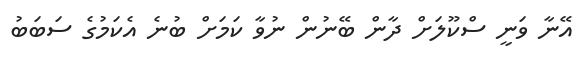
އޭނާ ވަނީ ސްކޫލަށް ދާން ބޭނުން ނުވާ ކަމަށް ބުނެ އެކަމުގެ ސަބަބު